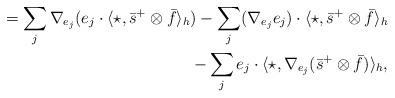
LaTeX: \begin{align*}=\sum_{j}\nabla_{e_{j}}(e_{j}\cdot\langle\star,\bar{s}^{+}\otimes \bar{f} \rangle_{h})-\sum_{j}(\nabla_{e_{j}}e_{j})\cdot\langle\star,\bar{s}^{+}\otimes \bar{f} \rangle_{h} \\-\sum_{j}e_{j}\cdot\langle\star, \nabla_{e_{j}}(\bar{s}^{+}\otimes \bar{f})\rangle_{h}, \end{align*}